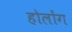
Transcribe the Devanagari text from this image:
होलोंग